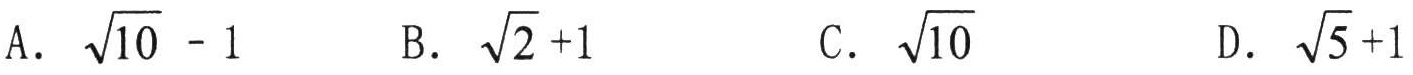
A. $\sqrt{10}-1$  B. $\sqrt{2}+1$  C. $\sqrt{10}$  D. $\sqrt{5}+1$